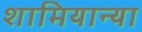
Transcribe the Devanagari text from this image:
शामियान्या